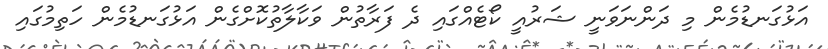
އަޅުގަނޑުމެން މި ދަންނަވަނީ ޝަރުއީ ކޯޓެއްގައި ދެ ފަރާތުން ވަކާލާތުކޮށްގެން އަޅުގަނޑުމެން ހަތިމުގައި